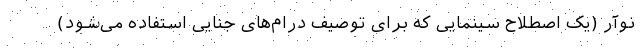
نوآر (یک اصطلاح سینمایی که برای توصیف درام‌های جنایی استفاده می‌شود)‌